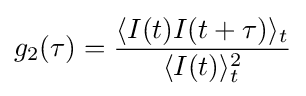
g_{2}(\tau )={\frac {\langle I(t)I(t+\tau )\rangle _{t}}{\langle I(t)\rangle _{t}^{2}}}